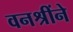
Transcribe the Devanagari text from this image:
वनश्रींने